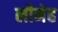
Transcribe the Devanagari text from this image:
लीमेह